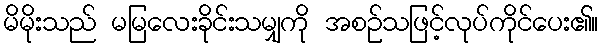
မိမိုးသည် မမြလေးခိုင်းသမျှကို အစဉ်သဖြင့်လုပ်ကိုင်ပေး၏။